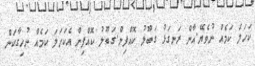
ކަހަލަ ކަމެއް ނުވެޔޭ.އާން ރަނގަޅު ގަބޫލު ކޮއްފިން.ގަބޫލު ކޮއްފިން އެކަހަލަ ކަމެއް ނުހިގާކަން